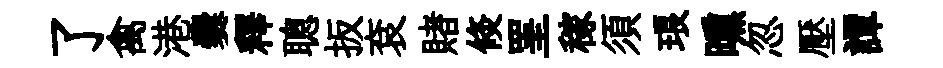
了禽港爨釋聰扳袞賭倐罣稼須琅曛忽壓譚